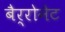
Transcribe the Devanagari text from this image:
बैर्रोनेट